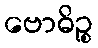
ဗောဓိဉ္စ